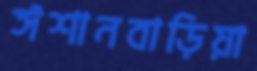
ঈশানবাড়িয়া